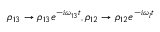
\rho _ { 1 3 } \rightarrow \rho _ { 1 3 } e ^ { - i \omega _ { 1 3 } t } , \rho _ { 1 2 } \rightarrow \rho _ { 1 2 } e ^ { - i \omega _ { l } t }